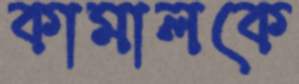
কামালকে